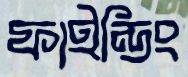
ফাইন্ডিং